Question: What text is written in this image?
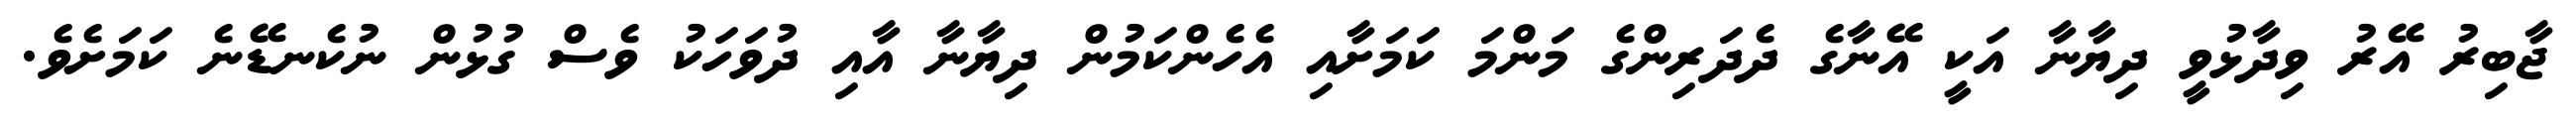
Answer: ޖާބިރު އޭރު ވިދާޅުވީ ދިޔާނާ އަކީ އޭނާގެ ދެދަރިންގެ މަންމަ ކަމަށާއި އެހެންކަމުން ދިޔާނާ އާއި ދުވަހަކު ވެސް ގުޅުން ނުކެނޑޭނެ ކަމަށެވެ.